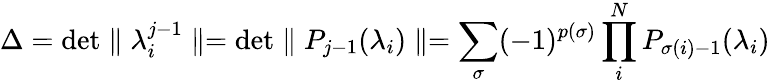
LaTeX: \Delta=\mathrm{det}\parallel\lambda_{i}^{j-1}\parallel=\mathrm{det}\parallel P_{j-1}(\lambda_{i})\parallel=\sum_{\sigma}(-1)^{p(\sigma)}\prod_{i}^{N}P_{\sigma(i)-1}(\lambda_{i})